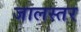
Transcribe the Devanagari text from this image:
जालस्तर